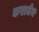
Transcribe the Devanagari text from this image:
कराधेय